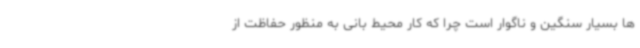
ها بسیار سنگین و ناگوار است چرا که کار محیط بانی به منظور حفاظت از